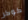
كوكر